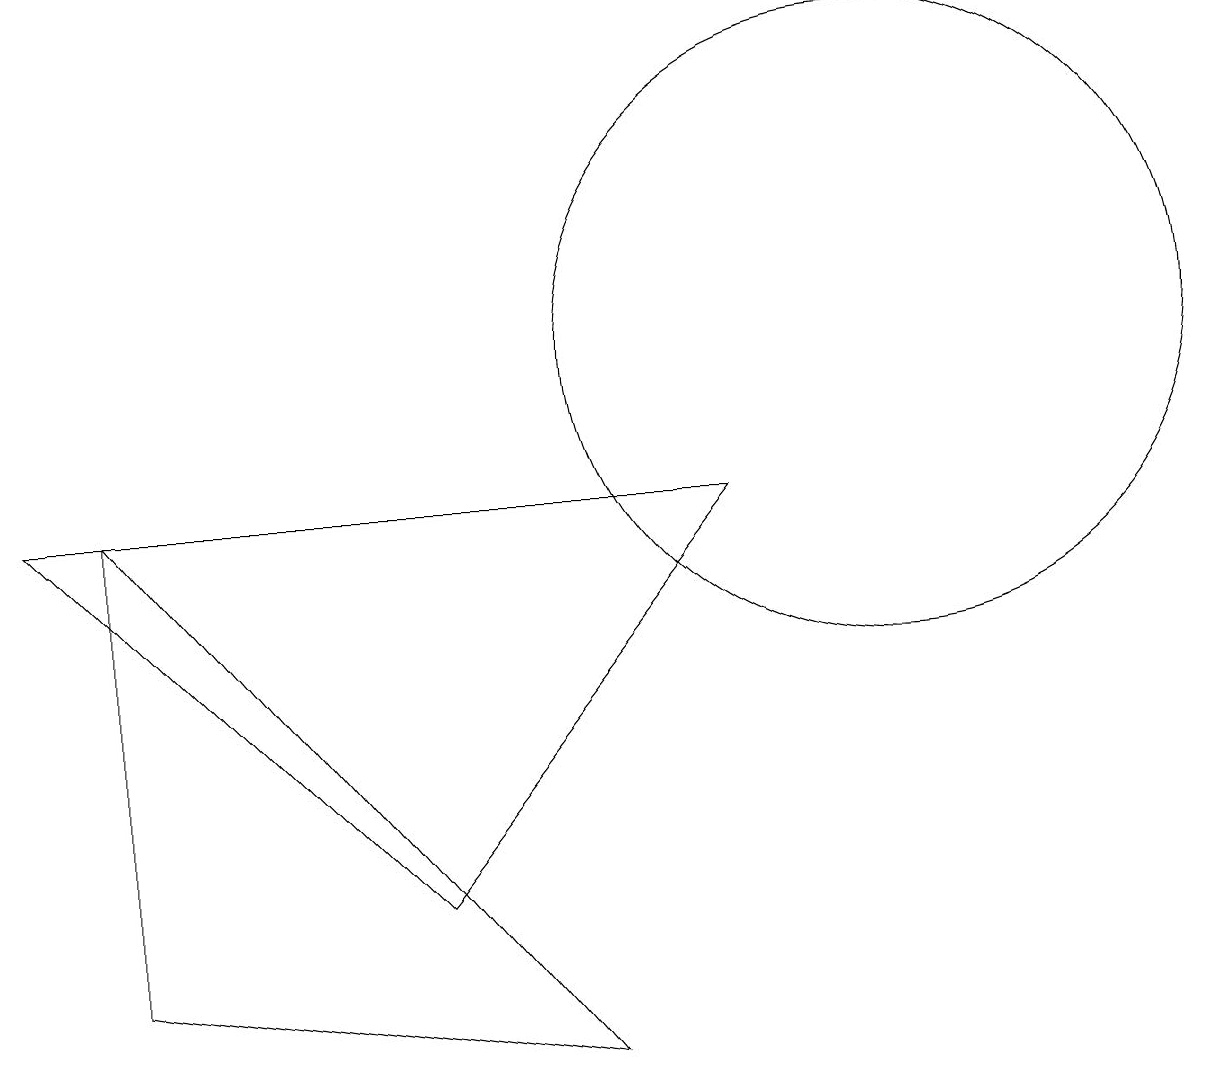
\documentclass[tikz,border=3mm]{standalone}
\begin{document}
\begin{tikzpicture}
\draw (1,9) -- (1,3) -- (7,2) -- cycle;
\draw (11,11) circle (4);
\draw (9,9) -- (5,4) -- (0,9) -- cycle;
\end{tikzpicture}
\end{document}